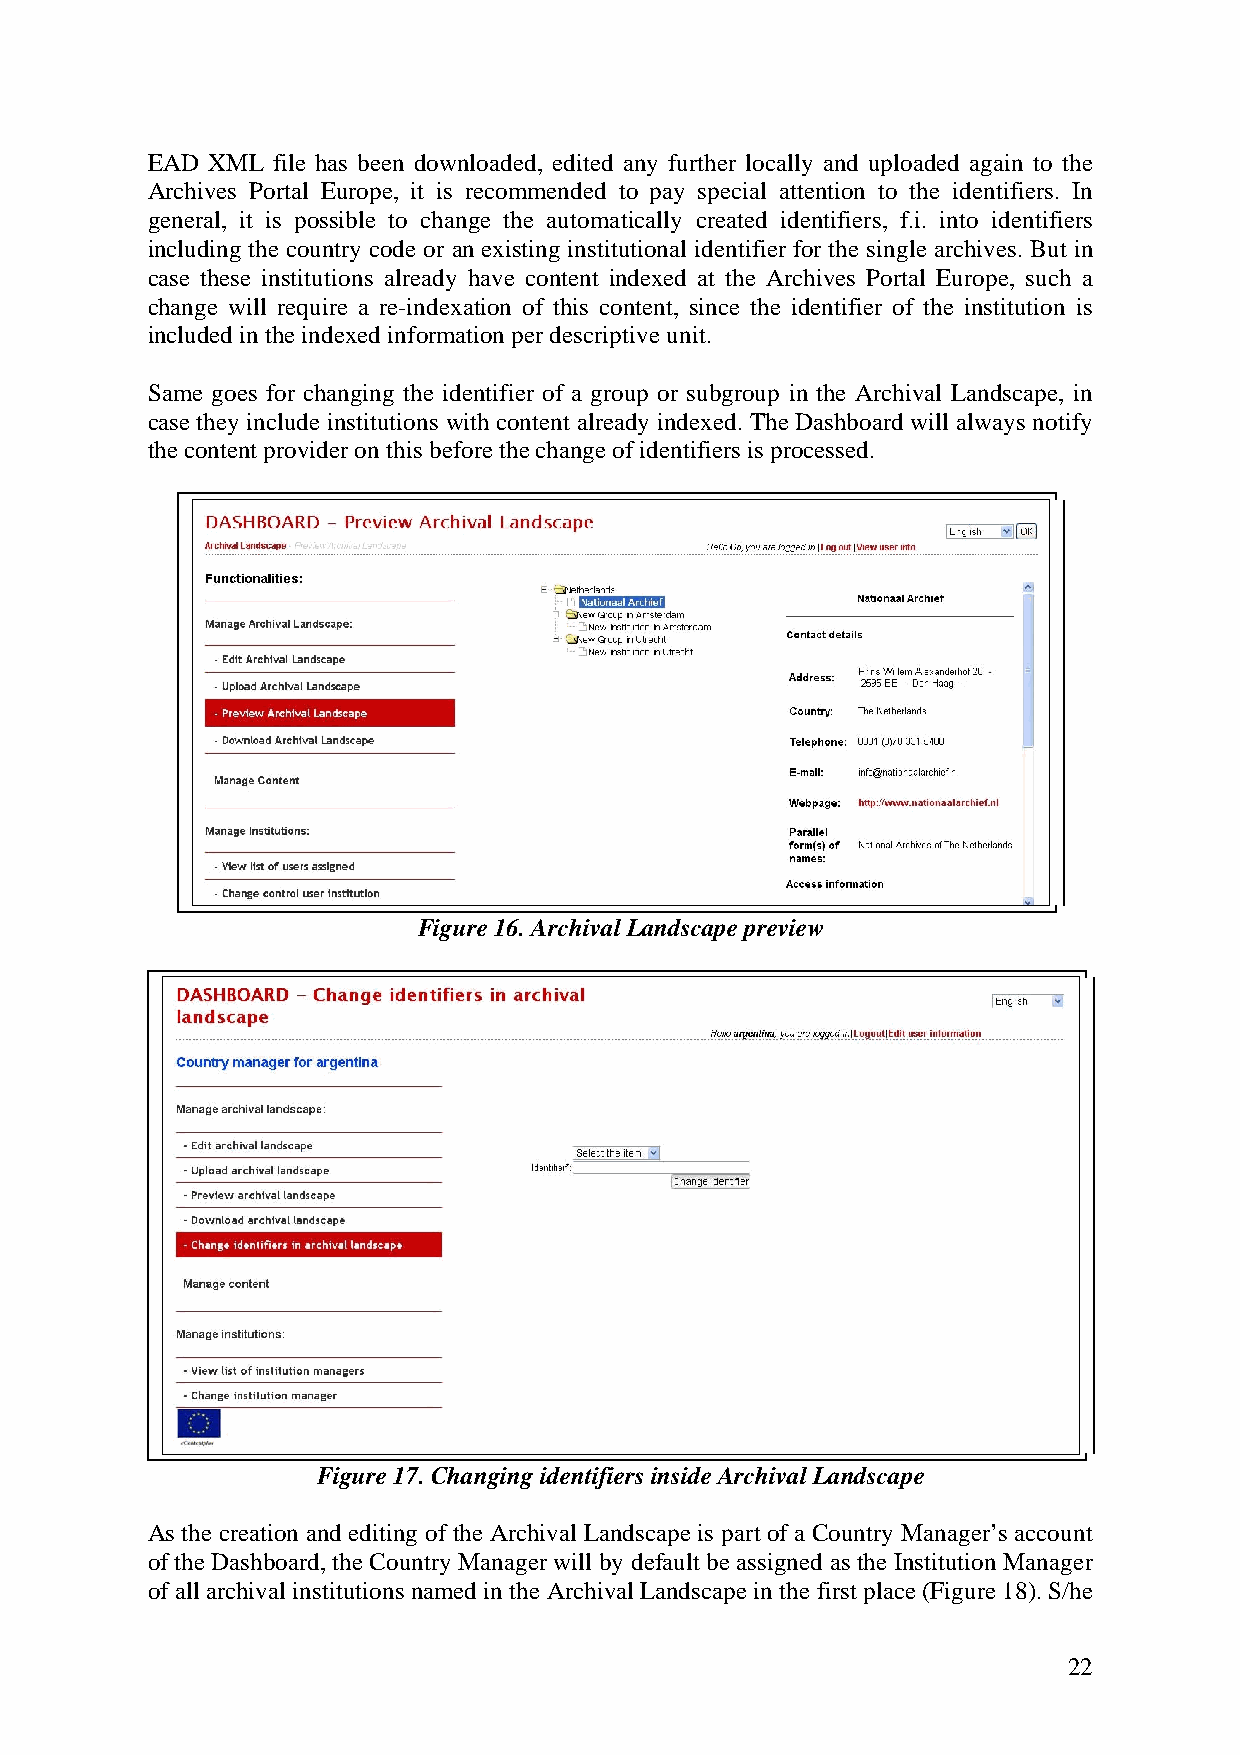
EAD XML file has been downloaded, edited any further locally and uploaded again to the
 Archives Portal Europe, it is recommended to pay special attention to the identifiers. In
 general, it is possible to change the automatically created identifiers, f.i. into identifiers
 including the country code or an existing institutional identifier for the single archives. But in
 case these institutions already have content indexed at the Archives Portal Europe, such a
 change will require a re-indexation of this content, since the identifier of the institution is
 included in the indexed information per descriptive unit.
 Same goes for changing the identifier of a group or subgroup in the Archival Landscape, in
 case they include institutions with content already indexed. The Dashboard will always notify
 the content provider on this before the change of identifiers is processed.
 Figure 16. Archival Landscape preview
 Figure 17. Changing identifiers inside Archival Landscape
 As the creation and editing of the Archival Landscape is part of a Country Manager’s account
 of the Dashboard, the Country Manager will by default be assigned as the Institution Manager
 of all archival institutions named in the Archival Landscape in the first place (Figure 18). S/he
 22